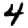
Digit: 4